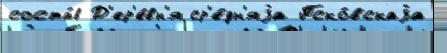
соста́в Д'ер'е́вн'я ср'е́дн'яjа Пско́вскаjа